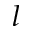
l